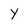
Character: Y